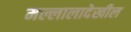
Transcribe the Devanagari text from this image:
मल्लालादेखील